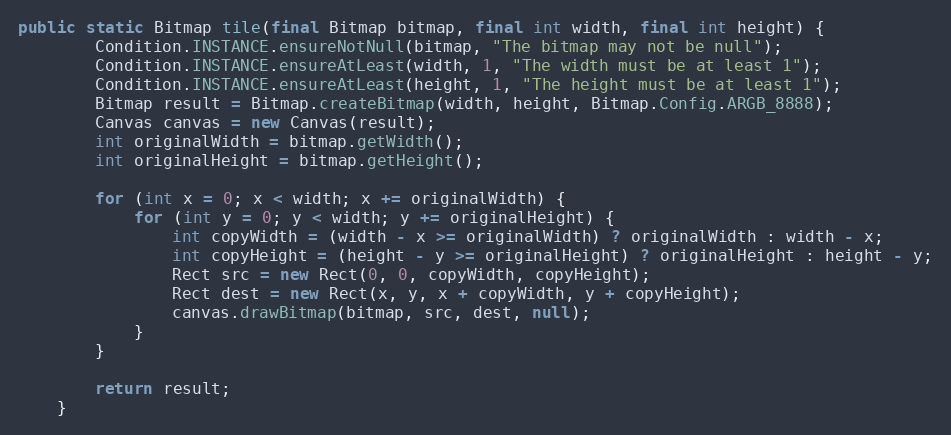
Language: Java
public static Bitmap tile(final Bitmap bitmap, final int width, final int height) {
        Condition.INSTANCE.ensureNotNull(bitmap, "The bitmap may not be null");
        Condition.INSTANCE.ensureAtLeast(width, 1, "The width must be at least 1");
        Condition.INSTANCE.ensureAtLeast(height, 1, "The height must be at least 1");
        Bitmap result = Bitmap.createBitmap(width, height, Bitmap.Config.ARGB_8888);
        Canvas canvas = new Canvas(result);
        int originalWidth = bitmap.getWidth();
        int originalHeight = bitmap.getHeight();

        for (int x = 0; x < width; x += originalWidth) {
            for (int y = 0; y < width; y += originalHeight) {
                int copyWidth = (width - x >= originalWidth) ? originalWidth : width - x;
                int copyHeight = (height - y >= originalHeight) ? originalHeight : height - y;
                Rect src = new Rect(0, 0, copyWidth, copyHeight);
                Rect dest = new Rect(x, y, x + copyWidth, y + copyHeight);
                canvas.drawBitmap(bitmap, src, dest, null);
            }
        }

        return result;
    }